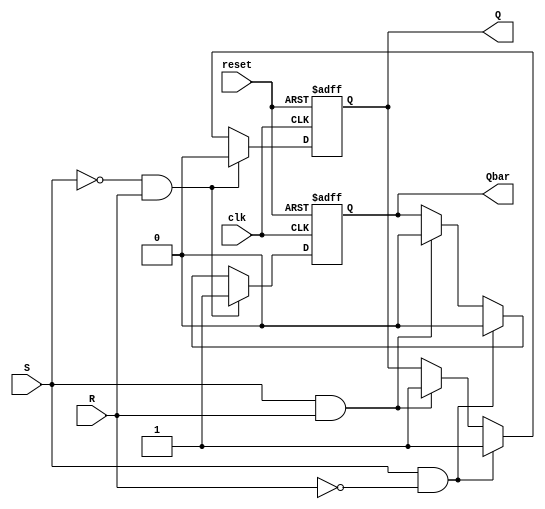
/*
	Name: BIR ANMOL SINGH
	ID: 2018A7PS0261P
*/

module RSFF(S,R,clk,reset,Q,Qbar);
	input S,R,clk,reset;
	output reg Q,Qbar;
	always@(posedge clk or posedge reset)
	begin
		if(reset)
		begin
			Q=0;
			Qbar=1;
		end
		else if(S==0 && R==1) 
		begin
				Q=0;
				Qbar=1;
		end
		else if(S==1 && R==0) 
		begin
				Q=1;
				Qbar=0;
		end
		else if(S==1 && R==1) 
		begin
				Q=1;
				Qbar=0;
		end
	end
endmodule

module DFF(D,clk,reset,Q,Qbar);
	input D,clk,reset;
	output Q,Qbar;
	RSFF mod(D,~D,clk,reset,Q,Qbar);
endmodule

module Ripple_Counter(clk,reset,out);
	input clk,reset;
	output [3:0] out;
	wire w1,w2,w3,w4;
	DFF d1(w1,clk,reset,out[0],w1);
	DFF d2(w2,w1,reset,out[1],w2);
	DFF d3(w3,w2,reset,out[2],w3);
	DFF d4(w4,w3,reset,out[3],w4);
endmodule

module MEM1(addr,data,parity);
	input [2:0] addr;
	output reg [7:0] data;
	output reg parity;
	reg [8:0] mem[7:0];
	initial 
	begin
		mem[0]=9'b0001_1111_1;
		mem[1]=9'b0011_0001_1;
		mem[2]=9'b0101_0011_1;
		mem[3]=9'b0111_0101_1;
		mem[4]=9'b1001_0111_1;
		mem[5]=9'b1011_1001_1;
		mem[6]=9'b1101_1011_1;
		mem[7]=9'b1111_1101_1;
	end
	always@(addr)
	begin
		{data,parity}=mem[addr];
	end
endmodule

module MEM2(addr,data,parity);
	input [2:0] addr;
	output reg [7:0] data;
	output reg parity;
	reg [8:0] mem[7:0];
	initial 
	begin
		mem[0]=9'b0000_0000_0;
		mem[1]=9'b0010_0010_0;
		mem[2]=9'b0100_0100_0;
		mem[3]=9'b0110_0110_0;
		mem[4]=9'b1000_1000_0;
		mem[5]=9'b1010_1010_0;
		mem[6]=9'b1100_1100_0;
		mem[7]=9'b1110_1110_0;
	end
	always@(addr)
	begin
		{data,parity}=mem[addr];
	end
endmodule

module MUX2To1(ip1,ip2,sel,out);
	input ip1,ip2,sel;
	output out;
	assign out=(sel==1)?ip1:ip2;
endmodule

module MUX16To1(ip1,ip2,sel,out);
	input [7:0] ip1,ip2;
	input sel;
	output [7:0] out;
	genvar j;
	generate
		for(j=0;j<8;j=j+1)
		begin: mux_loop
			MUX2To1 m21(ip1[j],ip2[j],sel,out[j]);
		end
	endgenerate
endmodule

module Fetch_Data(ip,data,parity);
	input [3:0] ip;
	output [7:0] data;
	output parity;
	wire [7:0] w1,w2;
	wire w3,w4;
	MEM1 m1(ip[2:0],w1,w3);
	MEM2 m2(ip[2:0],w2,w4);
	MUX16To1 muxmod(w2,w1,ip[3],data);
	MUX2To1 muxmod1(w4,w3,ip[3],parity);
endmodule

module Parity_Checker(data,parity,op);
	input parity;
	input [7:0] data;
	output op;
	wire w1,needParity;
	assign w1=data[7] ^ data[6] ^data[5] ^ data[4] ^ data[3] ^ data[2] ^ data[1] ^data[0];
	assign needParity = w1;
	assign op = (needParity==parity)?1:0;
endmodule

module Design(clk,reset,op);
	input clk,reset;
	output op;
	wire[3:0] w1;
	wire [7:0] data;
	wire parity;
	Ripple_Counter rc(clk,reset,w1);
	Fetch_Data fd(w1,data,parity);
	Parity_Checker pc(data,parity,op);
endmodule

module Test_Bench;
	reg clk,reset;
	wire op;
	Design dmod(clk,reset,op);
	initial
	begin
		#0 reset=1'b1;clk=1'b0;		
	end
	always
	begin
		#5 clk=~clk;
	end
	initial
	begin
		$dumpfile("out.vcd");
		$dumpvars();
		$monitor($time," match: %b",op);
		#5 reset=1'b0;
		#170 $finish;
	end
endmodule